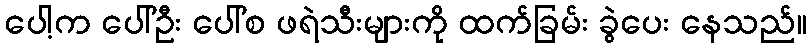
ပေါ့က ပေါ်ဦး ပေါ်စ ဖရဲသီးများကို ထက်ခြမ်း ခွဲပေး နေသည်။